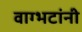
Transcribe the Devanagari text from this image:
वाग्भटांनी